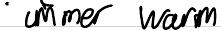
- immer warm